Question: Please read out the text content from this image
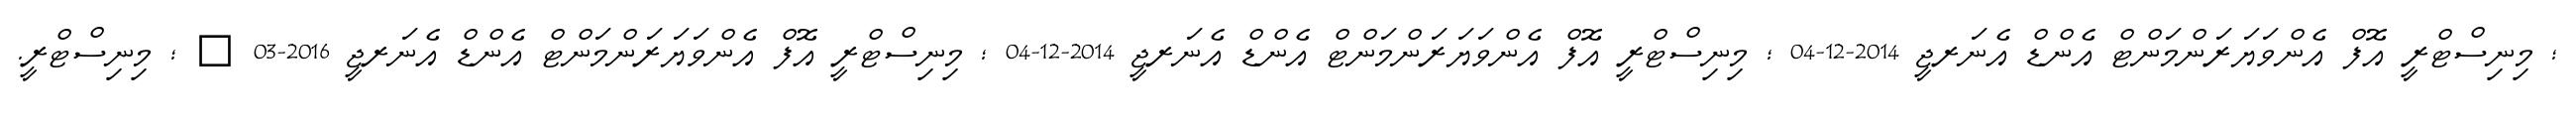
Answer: ; މިނިސްޓްރީ އޮފް އެންވަޔަރަންމަންޓް އެންޑް އެނަރޖީ 2014-12-04 ; މިނިސްޓްރީ އޮފް އެންވަޔަރަންމަންޓް އެންޑް އެނަރޖީ 2014-12-04 ; މިނިސްޓްރީ އޮފް އެންވަޔަރަންމަންޓް އެންޑް އެނަރޖީ 2016-03 ? ; މިނިސްޓްރީ.